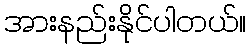
အားနည်းနိုင်ပါတယ်။